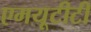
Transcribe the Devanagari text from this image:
एमयूटीटी